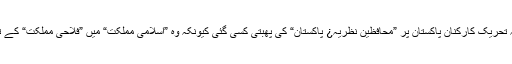
کام جاری رہا حتیٰ کہ تحریکِ کارکنانِ پاکستان پر ”محافظین نظریہ¿ پاکستان“ کی پھبتی کسی گئی کیونکہ وہ ”اسلامی مملکت“ میں ”فلاحی مملکت“ کے تصور سے نابلد تھے!